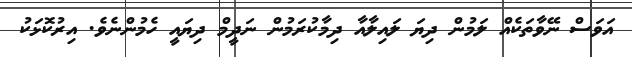
އަވަސް ނޭވާތަކެއް ލަމުން ދިޔަ ލައިލާއާ ދިމާކުރަމުން ނަދީމް ދިޔައީ ހެމުންނެވެ. އިރުކޮޅަކު